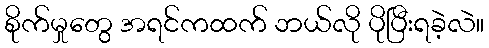
စိုက်မှုတွေ အရင်ကထက် ဘယ်လို ပိုပြီးရခဲ့လဲ။